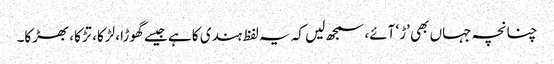
چنانچہ جہاں بھی ’ڑ‘ آئے، سمجھ لیں کہ یہ لفظ ہندی کا ہے جیسے گھوڑا، لڑکا، تڑکا، بھڑکا۔